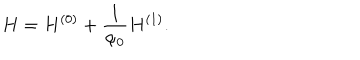
LaTeX: H = H ^ { ( 0 ) } + \frac { 1 } { \alpha _ { 0 } } H ^ { ( 1 ) } .